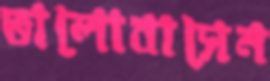
ভালোবাসেন